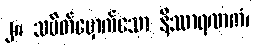
၂။ သပိတ်မှောက်သော နိဿာရဏကံ၊